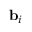
\mathbf { b } _ { i }